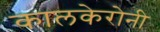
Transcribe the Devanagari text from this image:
कालकेरोनी